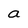
Character: a